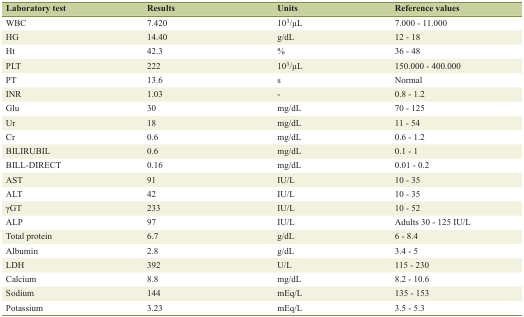
| Laboratory test | Results | Units | Reference values |
 | --- | --- | --- | --- |
 | WBC | 7.420 | 103/μL | 7.000 - 11.000 |
 | HG | 14.40 | g/dL | 12 - 18 |
 | Ht | 42.3 | % | 36 - 48 |
 | PLT | 222 | 103/μL | 150.000 - 400.000 |
 | PT | 13.6 | s | Normal |
 | INR | 1.03 | - | 0.8 - 1.2 |
 | Glu | 30 | mg/dL | 70 - 125 |
 | Ur | 18 | mg/dL | 11 - 54 |
 | Cr | 0.6 | mg/dL | 0.6 - 1.2 |
 | BILIRUBIL | 0.6 | mg/dL | 0.1 - 1 |
 | BILL-DIRECT | 0.16 | mg/dL | 0.01 - 0.2 |
 | AST | 91 | IU/L | 10 - 35 |
 | ALT | 42 | IU/L | 10 - 35 |
 | γGT | 233 | IU/L | 10 - 52 |
 | ALP | 97 | IU/L | Adults 30 - 125 IU/L |
 | Total protein | 6.7 | g/dL | 6 - 8.4 |
 | Albumin | 2.8 | g/dL | 3.4 - 5 |
 | LDH | 392 | U/L | 115 - 230 |
 | Calcium | 8.8 | mg/dL | 8.2 - 10.6 |
 | Sodium | 144 | mEq/L | 135 - 153 |
 | Potassium | 3.23 | mEq/L | 3.5 - 5.3 |